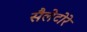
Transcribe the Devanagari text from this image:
सैलेटोरे